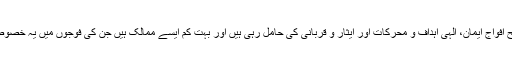
اسلامی ایران کی مسلح افواج ایمان، الہی اہداف و محرکات اور ایثار و قربانی کی حامل رہی ہیں اور بہت کم ایسے ممالک ہیں جن کی فوجوں میں یہ خصوصیات پائی جاتی ہوں۔